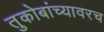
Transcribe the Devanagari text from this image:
तुकोबांच्यावरच